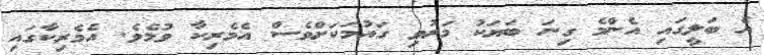
އެ ބަލީގައި އެންމެ ގިނަ ބަޔަކު މަރުވި ގައުމަކަށްވެސް އެމެރިކާ ވުމެވެ. އެމެރިކާގައި